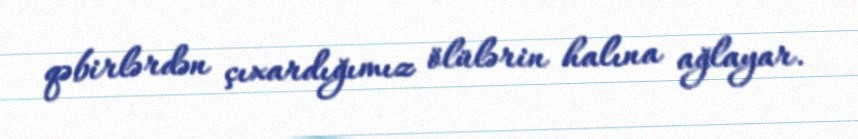
qəbirlərdən çıxardığımız ölülərin halına ağlayar.